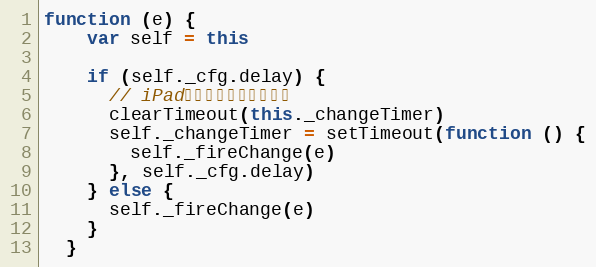
Language: JavaScript
function (e) {
    var self = this

    if (self._cfg.delay) {
      // iPad打开键盘时旋转比较慢
      clearTimeout(this._changeTimer)
      self._changeTimer = setTimeout(function () {
        self._fireChange(e)
      }, self._cfg.delay)
    } else {
      self._fireChange(e)
    }
  }